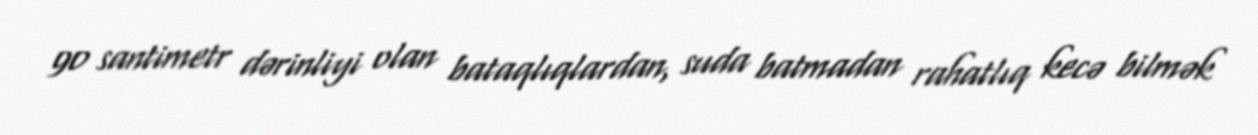
90 santimetr dərinliyi olan bataqlıqlardan, suda batmadan rahatlıq kecə bilmək